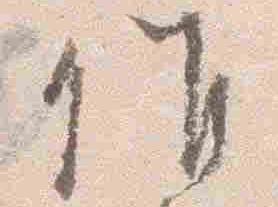
仰